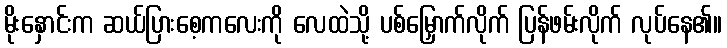
မိုးနှောင်းက ဆယ်ပြားစေ့ကလေးကို လေထဲသို့ ပစ်မြှောက်လိုက် ပြန်ဖမ်းလိုက် လုပ်နေ၏။